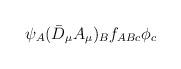
LaTeX: \begin{align*}\psi_A(\bar{D}_\mu A_\mu)_Bf_{ABc}\phi_c\end{align*}